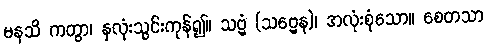
မနသိ ကတွာ၊ နှလုံးသွင်းကုန်၍။ သဗ္ဗံ (သဗ္ဗေန)၊ အလုံးစုံသော။ စေတသာ